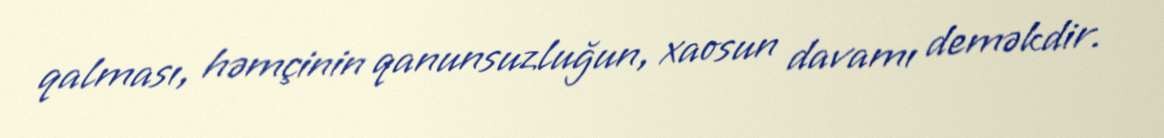
qalması, həmçinin qanunsuzluğun, xaosun davamı deməkdir.